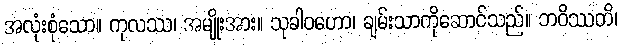
အလုံးစုံသော။ ကုလဿ၊ အမျိုးအား။ သုခါဝဟော၊ ချမ်းသာကိုဆောင်သည်။ ဘဝိဿတိ၊